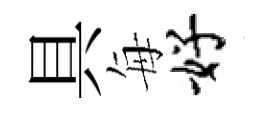
具每好